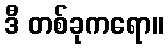
ဒီ တစ်ခုကရော။